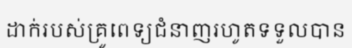
ដាក់របស់គ្រូពេទ្យជំនាញរហូតទទួលបាន